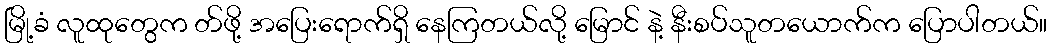
မြို့ခံ လူထုတွေက တ်ဖို့ အပြေးရောက်ရှိ နေကြတယ်လို့ မြောင် နဲ့ နီးစပ်သူတယောက်က ပြောပါတယ်။